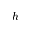
h